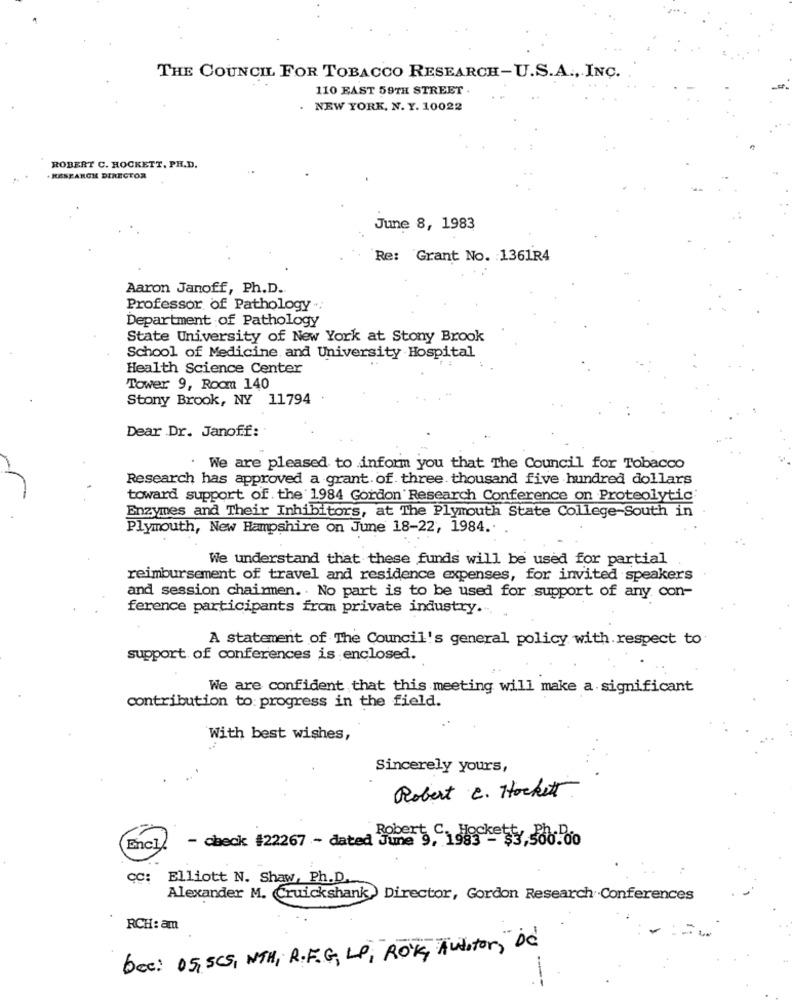
THE COUNCIL FOR TOBACCO RESEARCH-U.S.A ., INC.
110 EAST 59TH STREET .
. NEW YORK, N. Y. 10022
ROBERT C. HOCKETT, PH.D.
. RESEARCH DIRECTOR
June 8, 1983
Re: Grant No. 1361R4
Aaron Janoff, Ph.D.
Professor of Pathology .:
Department of Pathology
State University of New York at Stony Brook
School of Medicine and University Hospital
Health Science Center
Tower 9, Room 140
Stony Brook, NY 11794
Dear Dr. Janoff:
. We are pleased to inform you that The Council for Tobacco
Research has approved a grant. of three thousand five hundred dollars
toward support of the 1984 Gordon Research Conference on Proteolytic
Enzymes and Their Inhibitors, at The Plymouth State College-South in
Plymouth, New Hampshire on June 18-22, 1984 ..
We understand that these funds will be used for partial
reimbursement of travel and residence expenses, for invited speakers
and session chairmen. . No part is to be used for support of any con-
ference participants from private industry ....
A statement of The Council's general policy with respect to
support of conferences is enclosed.
We are confident that this meeting will make a significant
contribution to: progress in the field.
With best wishes,
Sincerely yours,
Robert C. Hockett
- check #22267 - dated June .Jocke$,00.00
Encli
CC:
Elliott N. Shaw, Ph.D.
Alexander M. Cruickshank, Director, Gordon Research Conferences
RCH: am
= ==
bec: 05, 5CG, NTH, R. F.G, LP, ROK, Auditor,"DC
---